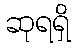
ဆုရရှိ